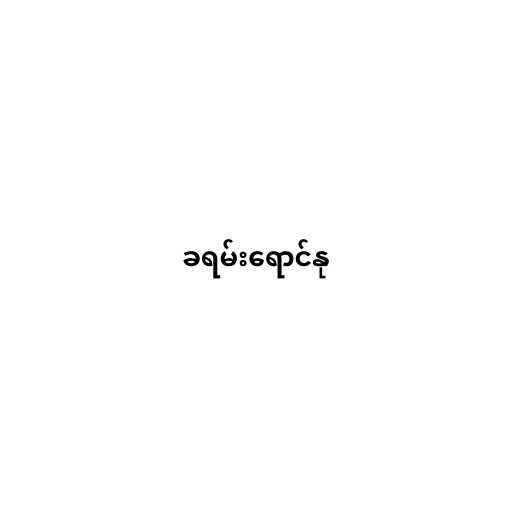
ခရမ်းရောင်နု